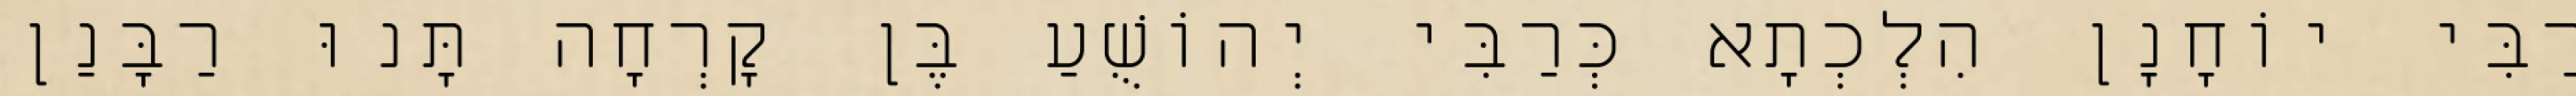
רַבִּי יוֹחָנָן הִלְכְתָא כְּרַבִּי יְהוֹשֻׁעַ בֶּן קׇרְחָה תָּנוּ רַבָּנַן